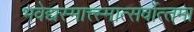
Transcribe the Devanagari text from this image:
भवेद्यस्मात्त्स्मात्सर्वोत्तमा